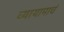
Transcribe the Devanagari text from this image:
व्यायामाचं